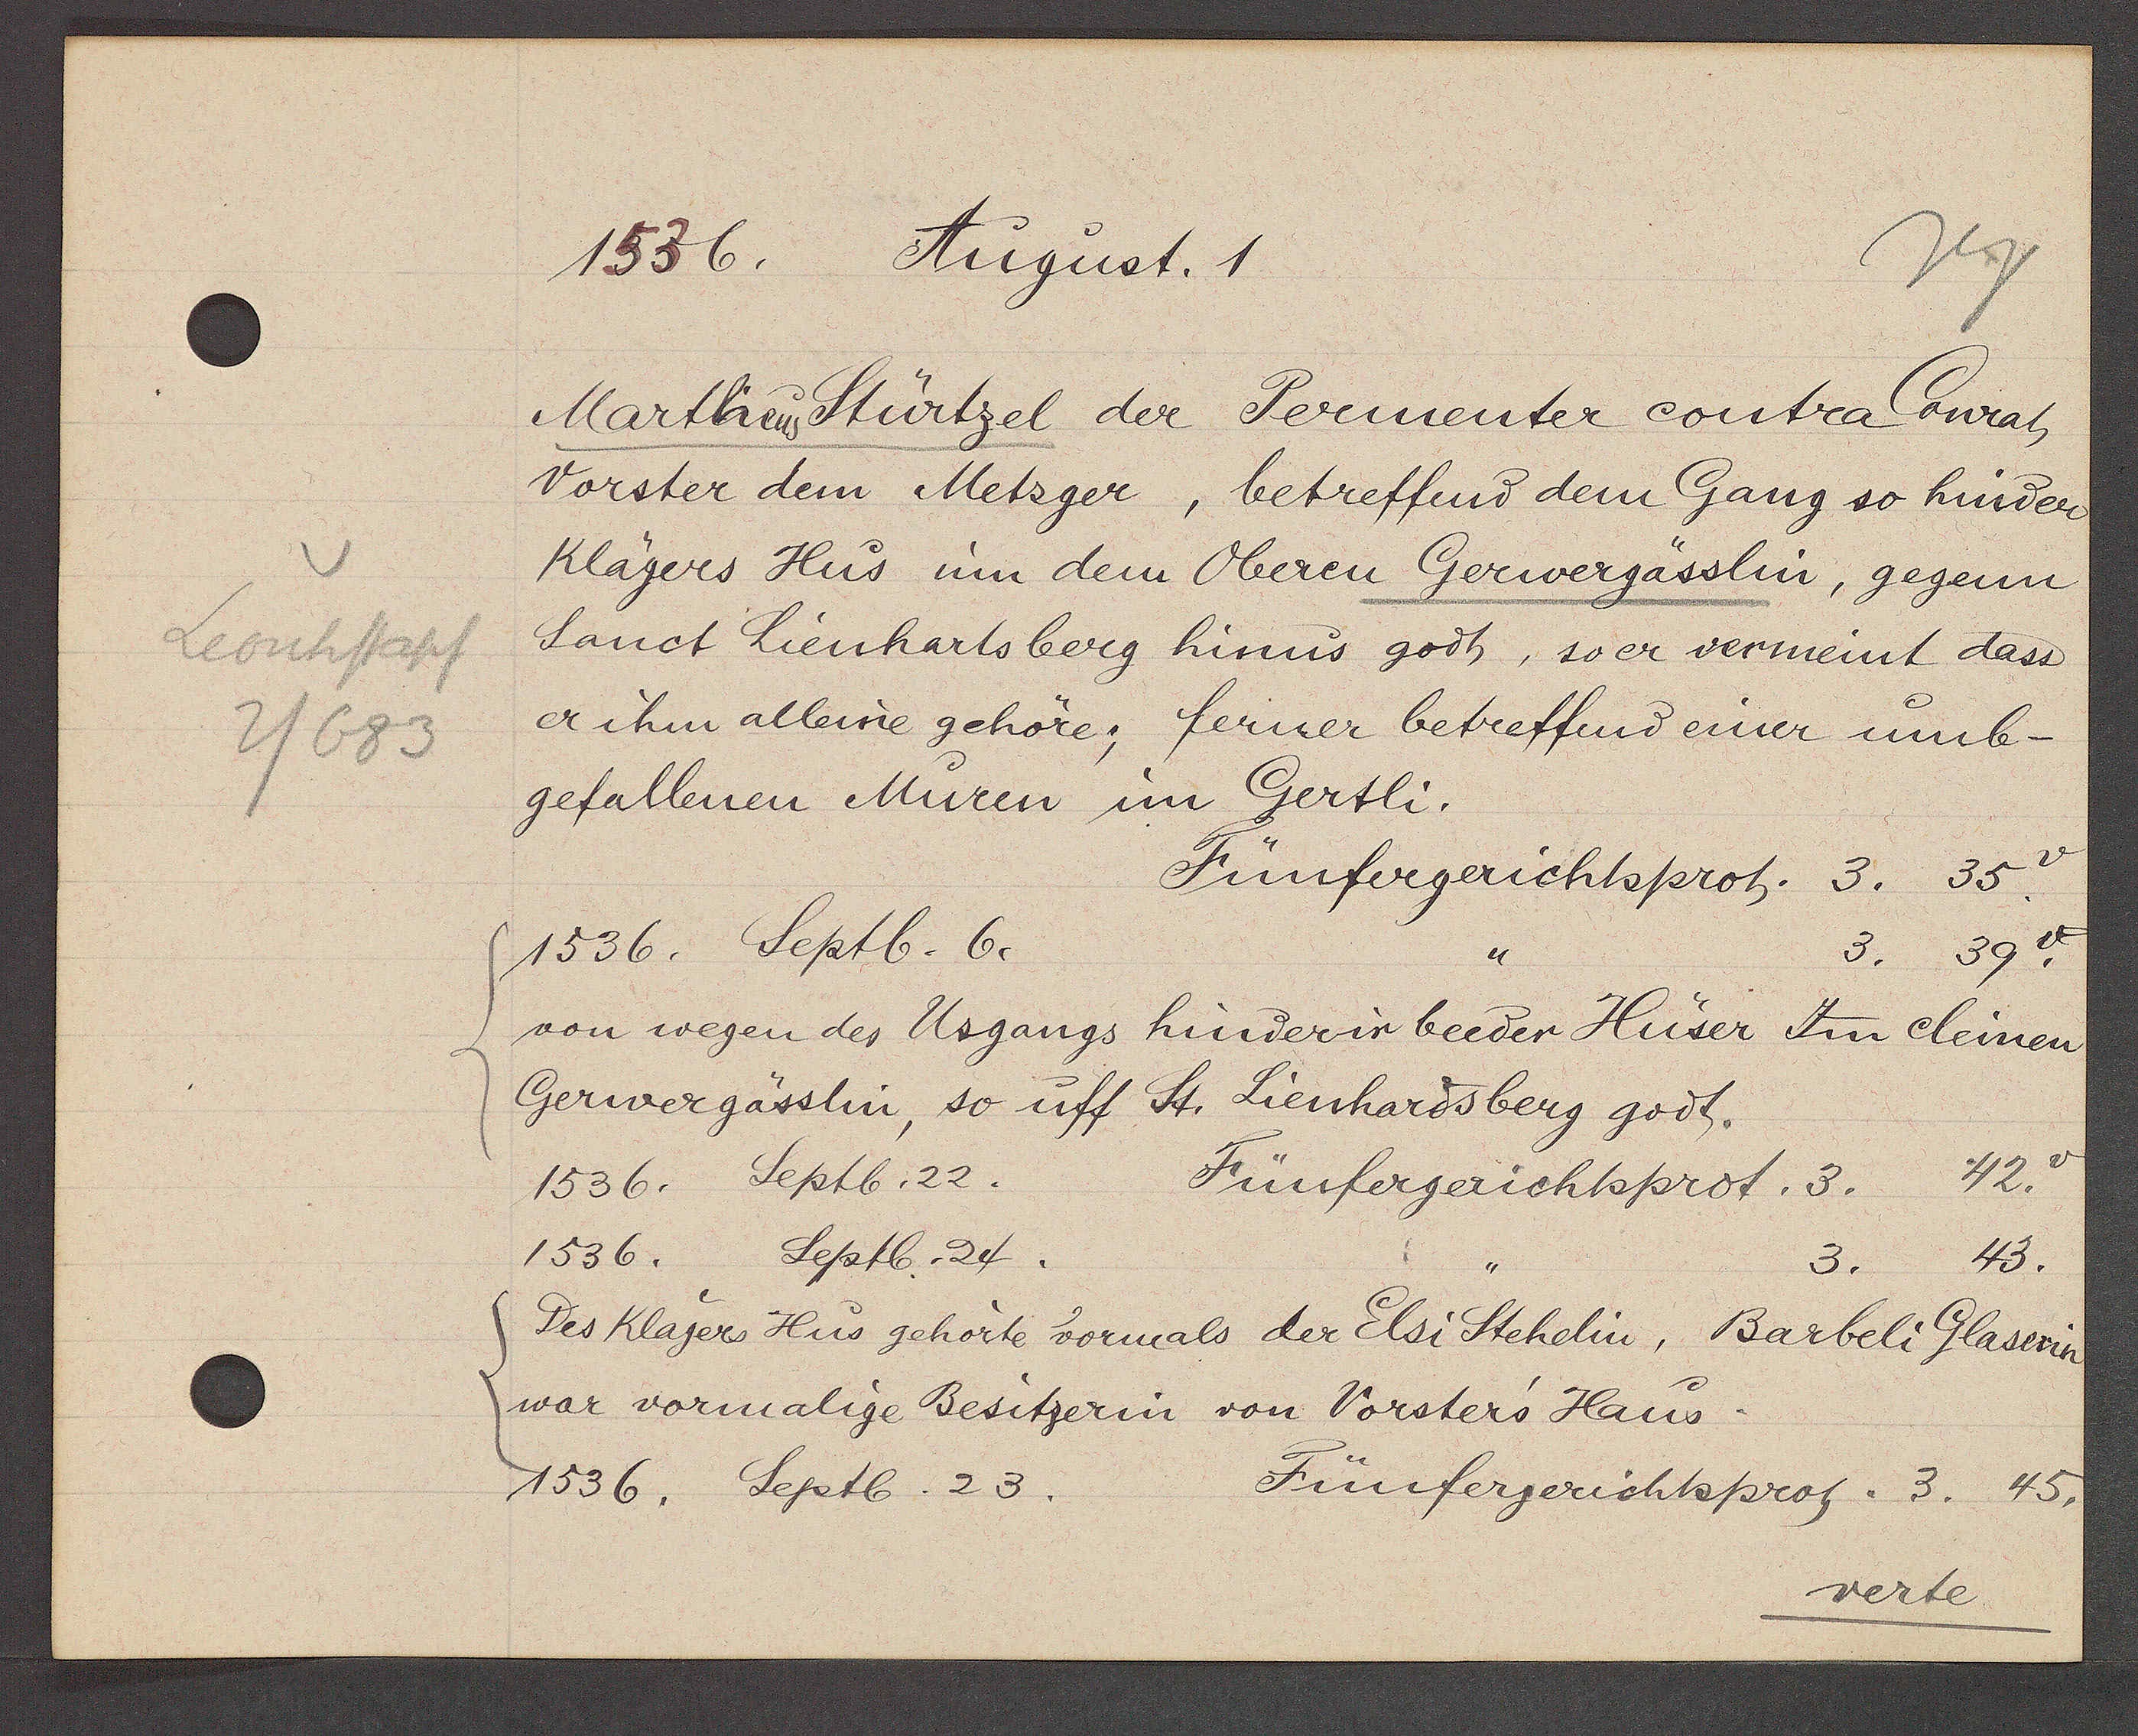
Transcript:
Leonhstapf
2/683

1536. August. 1

Martheus Stürtzel der Perementer contra Conrat
Vorster dem Metzger, betreffend dem Gang so hinder
Klägers Hus um dem oberen Gerwergässlin, gegenn
Sanct Lienhartsberg hinus godh, so er vermeint dass
er ihm alleine gehöre; ferner betreffend eimer umb-
gefallenen Müren im Gertli.
Fünfergerichtsprot.
3. 35
1536. Septb. 6.
3. 39 v.
von wegen des Usgangs hinderir beeder Hüser Im cleinen
Gerwergässlin, so uff St. Lienhardsberg godt.
42.v
1536. Septb. 22.
Fünfergerichtsprot. 3.
Septb. 24.
1536.
43.
3.
Des Klägers Hus gehörte vormals der Elsi Stehelin, Barbeli Glaserin
war vormalige Besitzerin von Vorsters Haus
1536. Septb. 23.
verte.

Fünfergerichtsprot. 3. 45.